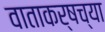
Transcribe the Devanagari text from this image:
वाताकर्षच्या